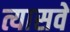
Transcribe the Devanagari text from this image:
त्यासवे